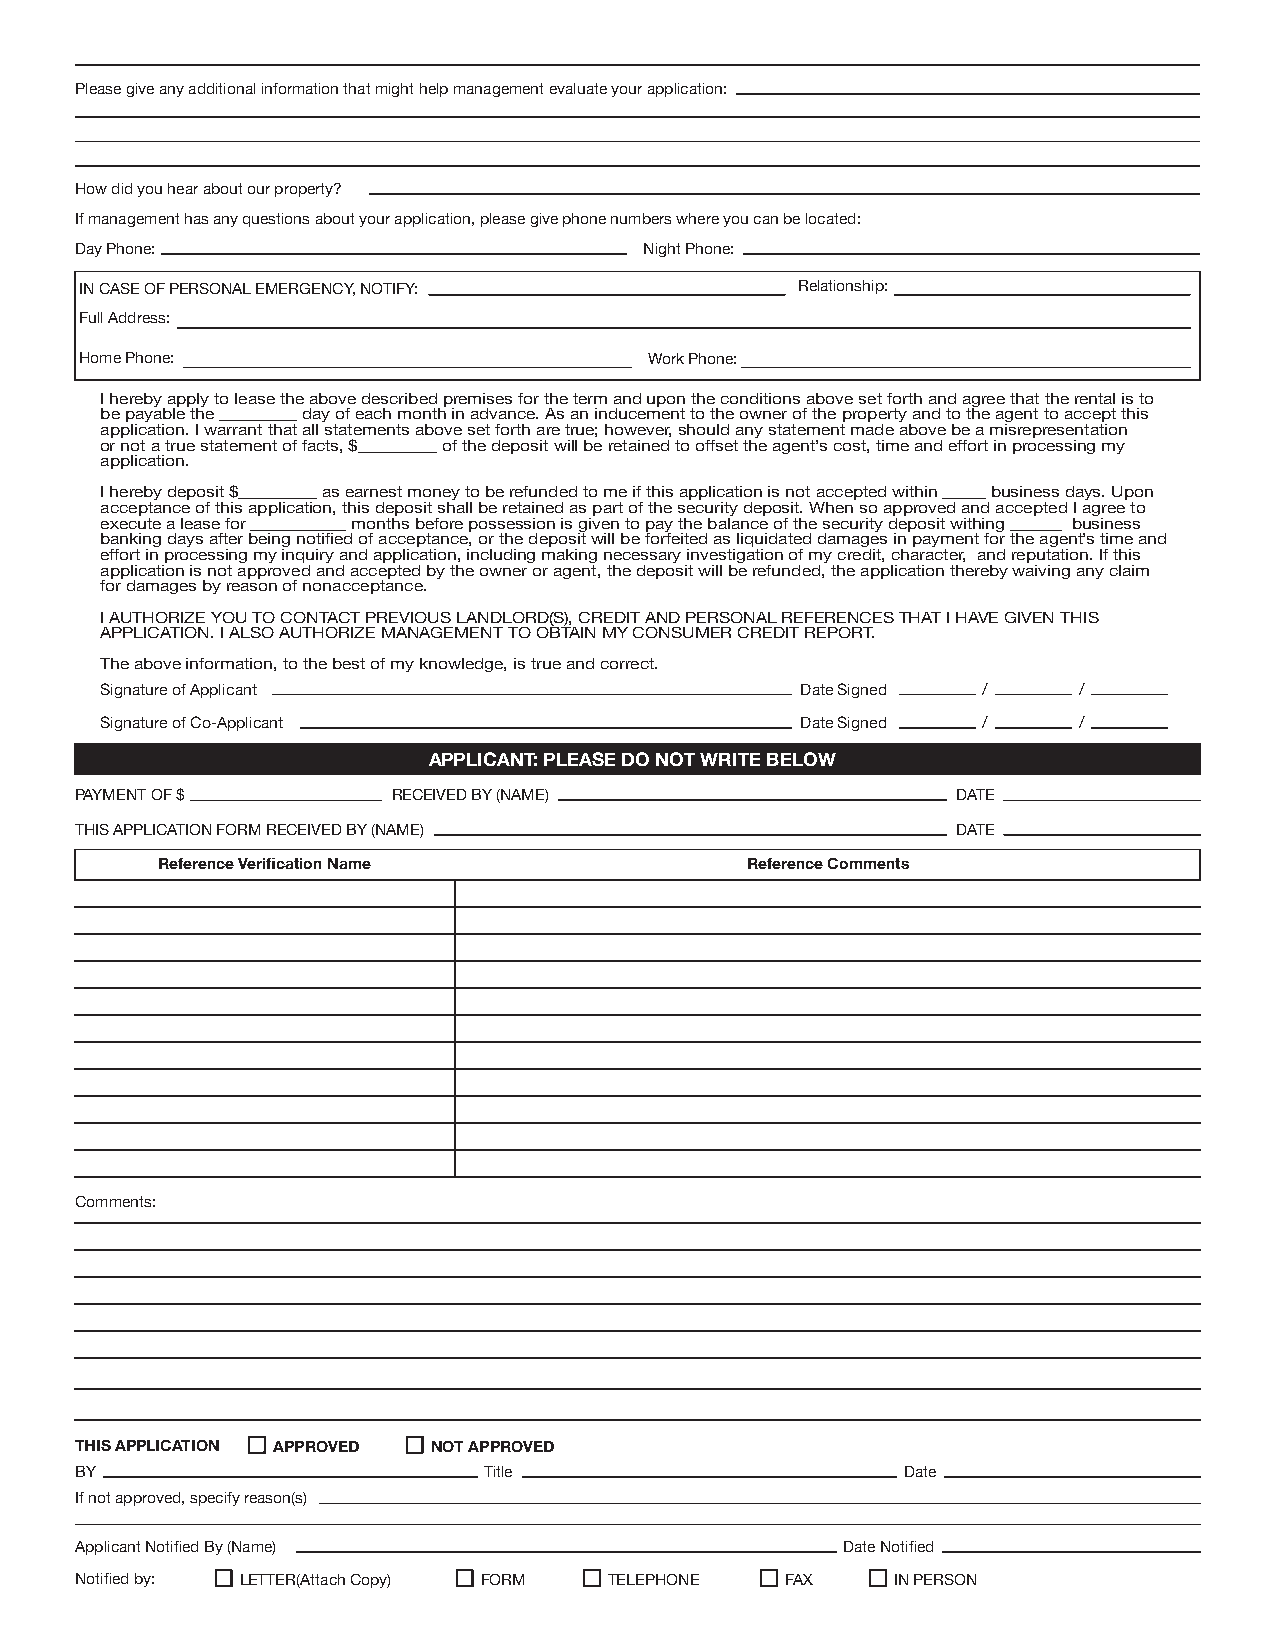
Please give any additional information that might help management evaluate your application:
 How did you hear about our property?
 If management has any questions about your application, please give phone numbers where you can be located:
 Day Phone:                            Night Phone:
 IN CASE OF PERSONAL EMERGENCY, NOTIFY:          Relationship:
 Full Address:
 Home Phone:                           Work Phone:
 I hereby apply to lease the above described premises for the term and upon the conditions above set forth and agree that the rental is to
 be payable the _________ day of each month in advance. As an inducement to the owner of the property and to the agent to accept this
 application. I warrant that all statements above set forth are true; however, should any statement made above be a misrepresentation
 or not a true statement of facts, $_________ of the deposit will be retained to offset the agent’s cost, time and effort in processing my
 application.
 I hereby deposit $_________ as earnest money to be refunded to me if this application is not accepted within _____ business days. Upon
 acceptance of this application, this deposit shall be retained as part of the security deposit. When so approved and accepted I agree to
 execute a lease for ___________ months before possession is given to pay the balance of the security deposit withing ______ business
 banking days after being notified of acceptance, or the deposit will be forfeited as liquidated damages in payment for the agent’s time and
 effort in processing my inquiry and application, including making necessary investigation of my credit, character, and reputation. If this
 application is not approved and accepted by the owner or agent, the deposit will be refunded, the application thereby waiving any claim
 for damages by reason of nonacceptance.
 I AUTHORIZE YOU TO CONTACT PREVIOUS LANDLORD(S), CREDIT AND PERSONAL REFERENCES THAT I HAVE GIVEN THIS
 APPLICATION. I ALSO AUTHORIZE MANAGEMENT TO OBTAIN MY CONSUMER CREDIT REPORT.
 The above information, to the best of my knowledge, is true and correct.
 Signature of Applicant                        Date Signed /     /
 Signature of Co-Applicant                     Date Signed /     /
 APPLICANT: PLEASE DO NOT WRITE BELOW
 PAYMENT OF $         RECEIVED BY (NAME)                   DATE
 THIS APPLICATION FORM RECEIVED BY (NAME)                  DATE
 Reference Verification Name            Reference Comments
 Comments:
 THIS APPLICATION APPROVED NOT APPROVED
 BY                         Title                       Date
 If not approved, specify reason(s)
 Applicant Notified By (Name)                       Date Notified
 Notified by: LETTER(Attach Copy) FORM TELEPHONE FAX   IN PERSON